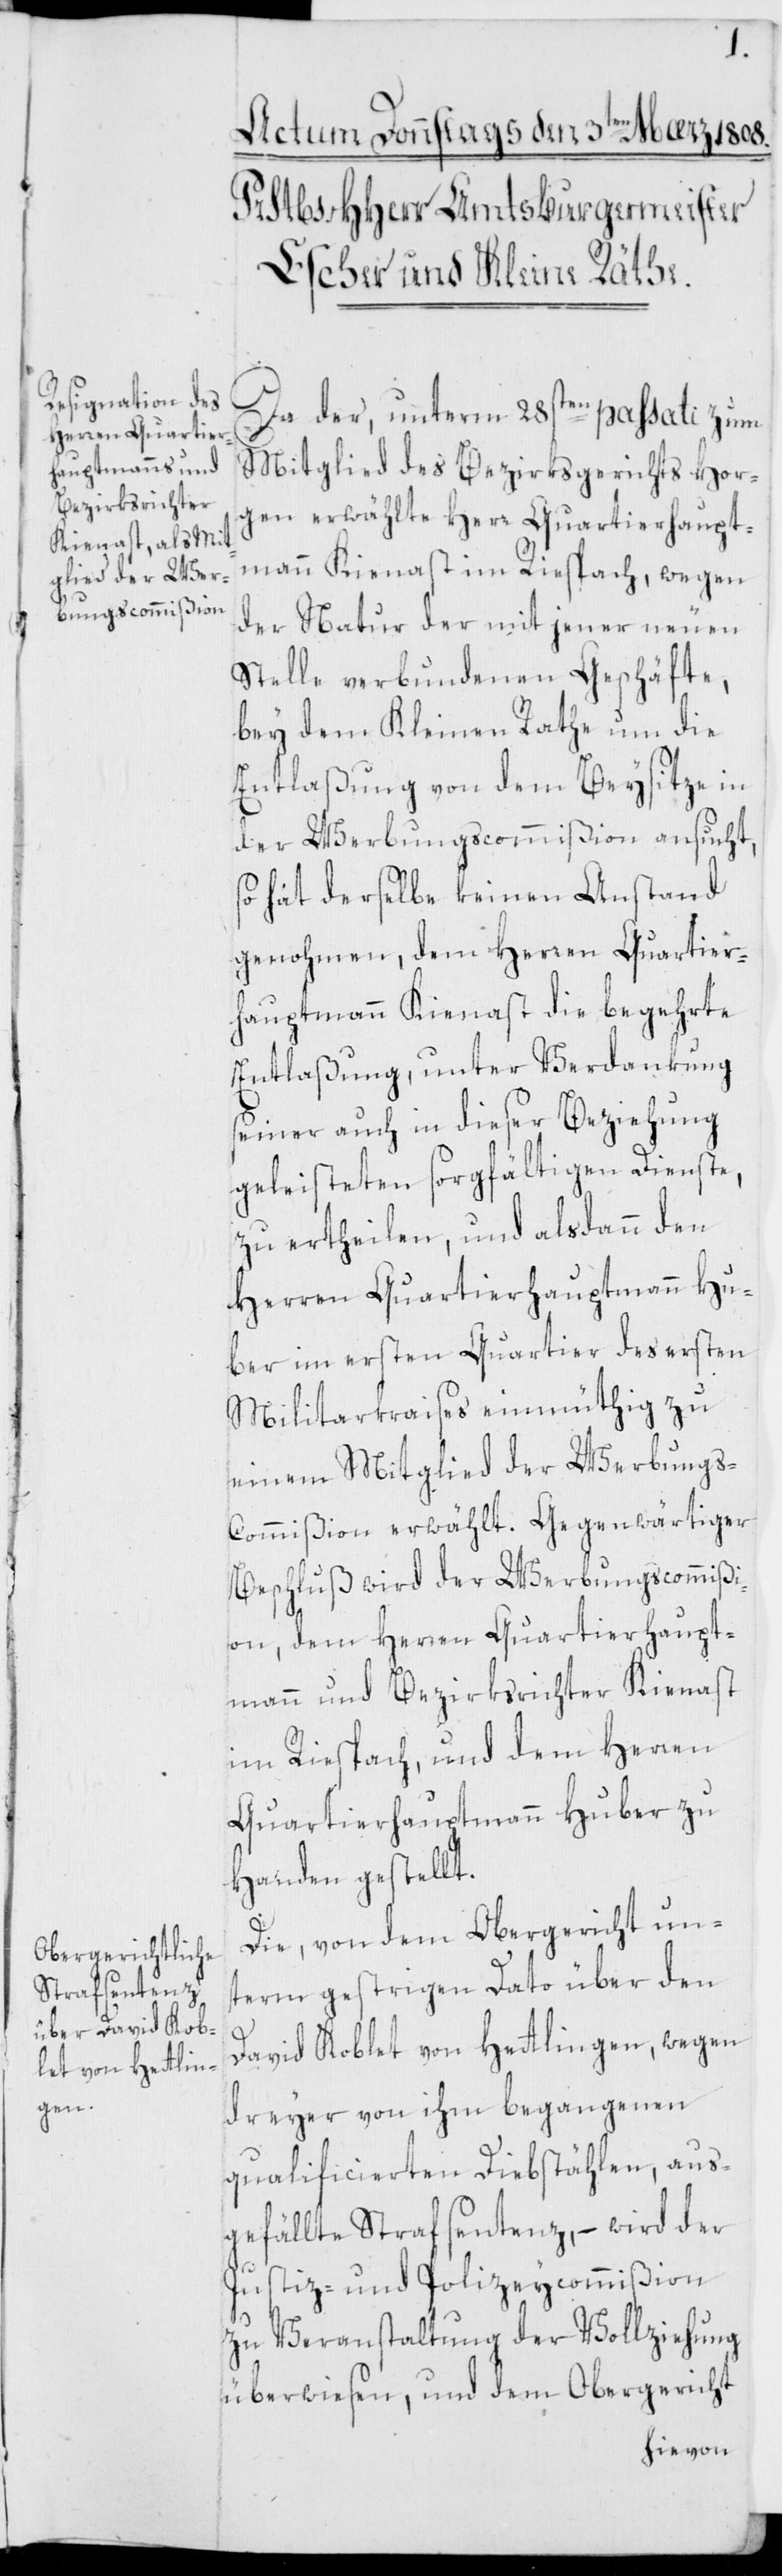
Da der, unterm 28sten passati zum
Mitglied des Bezirksgerichts Hor¬
gen erwählte Herr Quartierhaupt¬
mann Kienast im Riesbach, wegen
der Natur der mit jener neuen
Stelle verbundenen Geschäfte,
bey dem Kleinen Rathe um die
Entlaßung von dem Beysitze in
der Werbungscommißion ansucht,
so hat derselbe keinen Anstand
genohmen, dem Herren Quartier¬
hauptmann Kienast die begehrte
Entlaßung, unter Verdankung
seiner auch in dieser Beziehung
geleisteten sorgfältigen Dienste,
zu ertheilen, und alsdann den
Herren Quartierhauptmann Hu¬
ber im ersten Quartier des ersten
Militarkraises einmüthhig zu
einem Mitglied der Werbungs¬
commißion erwählt. Gegenwärtiger
Beschluß wird der Werbungscommißi¬
on, dem Herren Quartierhaupt¬
mann und Bezirksrichter Kienast
im Riesbach, und dem Herren
Quartierhauptmann Huber zu
Handen gestellt.
Die, von dem Obergericht un¬
term gestrigen Dato über den
David Koblet von Hetlingen, wegen
dreyer von ihm begangenen
qualificierten Diebstählen, aus¬
gefällte Strafsentenz, – wird der
Justiz- und Polizeycommißion
zu Veranstaltung der Vollziehung
überwiesen, und dem Obergericht